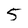
Character: 5